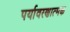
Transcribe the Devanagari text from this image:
पर्यावरणात्‍मक